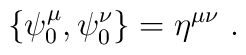
\{\psi^{\mu}_0 , \psi^{\nu}_0 \} = \eta^{\mu \nu}\ .